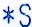
*S